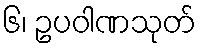
၆၊ ဥပဝါဏသုတ်